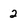
Character: 2